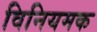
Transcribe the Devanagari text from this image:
विनियमक